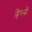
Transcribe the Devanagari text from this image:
हिस्सों